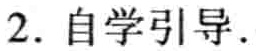
2. 自学引导.